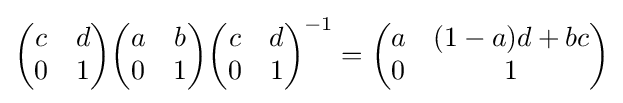
{\begin{pmatrix}c&d\\0&1\end{pmatrix}}{\begin{pmatrix}a&b\\0&1\end{pmatrix}}{\begin{pmatrix}c&d\\0&1\end{pmatrix}}^{-1}={\begin{pmatrix}a&(1-a)d+bc\\0&1\end{pmatrix}}